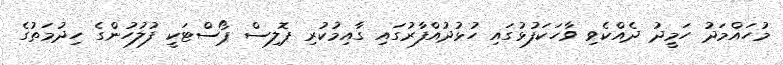
މުހައްމަދު ހަމީދު ދެއްކެވި ވާހަކަފުޅުގައި ހުޅުދުއްފާރުގައި ގާއިމުކުރި ޕޮލިސް ޕޯސްޓަކީ ފުލުހުންގެ ހިދުމަތުގެ